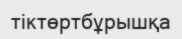
тіктөртбұрышқа